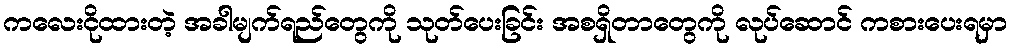
ကလေးငိုထားတဲ့ အခါမျက်ရည်တွေကို သုတ်ပေးခြင်း အစရှိတာတွေကို လုပ်ဆောင် ကစားပေးရမှာ